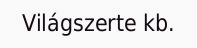
Világszerte kb.